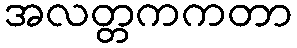
အလတ္တကကတာ